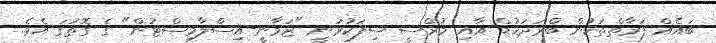
ބައެއް ފަރާތްތަކުން ބްރަދަހުޑް އާއި މުރްސީ ސިފަކުރަނީ "ޒަމާނީ-އިސްލާމިސްޓުން" ގެ ގޮތުގަ އެވެ.